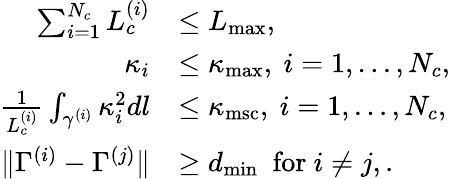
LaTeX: \begin{array}{rl}{\sum_{i=1}^{N_{c}}L_{c}^{(i)}}&{\le L_{\mathrm{max}},}\\ {\kappa_{i}}&{\le\kappa_{\mathrm{max}},~i=1,\ldots,N_{c},}\\ {\frac{1}{L_{c}^{(i)}}\int_{\gamma^{(i)}}\kappa_{i}^{2}dl}&{\le\kappa_{\mathrm{msc}},~i=1,\ldots,N_{c},}\\ {\| \Gamma^{(i)}-\Gamma^{(j)}\| }&{\geq d_{\operatorname*{min}}~\mathrm{~for~}i\neq j,.}\end{array}